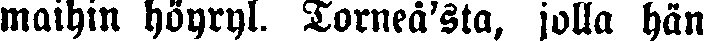
maihin höyryl. Torneå'sta, jolla hän